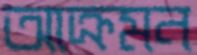
আক্রমন